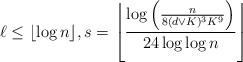
LaTeX: \begin{align*} \ell\leq \lfloor \log n\rfloor, s=\left\lfloor \frac{\log \left(\frac{n}{8(d\vee K)^3 K^9}\right)}{24\log\log n}\right\rfloor \end{align*}